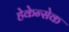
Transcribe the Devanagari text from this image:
हेकेन्सेक